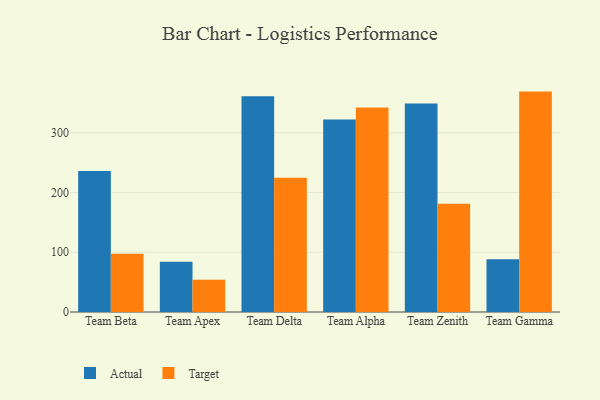
{"axis": {"x": "Team", "y": "Latency (ms)"}, "legend": ["Actual", "Target"], "data": [{"x": "Team Beta", "y": 235.9, "type": "Actual"}, {"x": "Team Beta", "y": 97.6, "type": "Target"}, {"x": "Team Apex", "y": 84.3, "type": "Actual"}, {"x": "Team Apex", "y": 54.0, "type": "Target"}, {"x": "Team Delta", "y": 361.3, "type": "Actual"}, {"x": "Team Delta", "y": 224.9, "type": "Target"}, {"x": "Team Alpha", "y": 322.4, "type": "Actual"}, {"x": "Team Alpha", "y": 342.4, "type": "Target"}, {"x": "Team Zenith", "y": 349.1, "type": "Actual"}, {"x": "Team Zenith", "y": 181.4, "type": "Target"}, {"x": "Team Gamma", "y": 88.4, "type": "Actual"}, {"x": "Team Gamma", "y": 369.0, "type": "Target"}]}